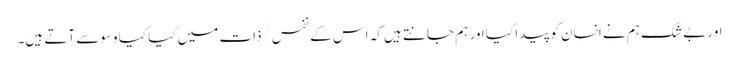
اور بے شک ہم نے انسان کو پیدا کیا اور ہم جانتے ہیں کہ اس کے نفس/ذات میں کیا کیا وسوسے آتے ہیں۔